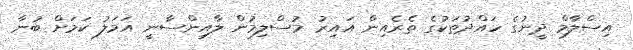
އިސްލާމް ދީނުގެ ހައްދުތަކުގެ ތެރެއިން ޣައިރު މުސްލިމުން ލާއިންސާނީ އަމަލު ކަމަށް ބުނާ